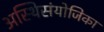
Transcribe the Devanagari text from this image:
अस्थिसंयोजिका